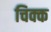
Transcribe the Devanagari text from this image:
चिक्क